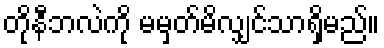
တိုနီဘလဲကို မမှတ်မိလျှင်သာရှိမည်။